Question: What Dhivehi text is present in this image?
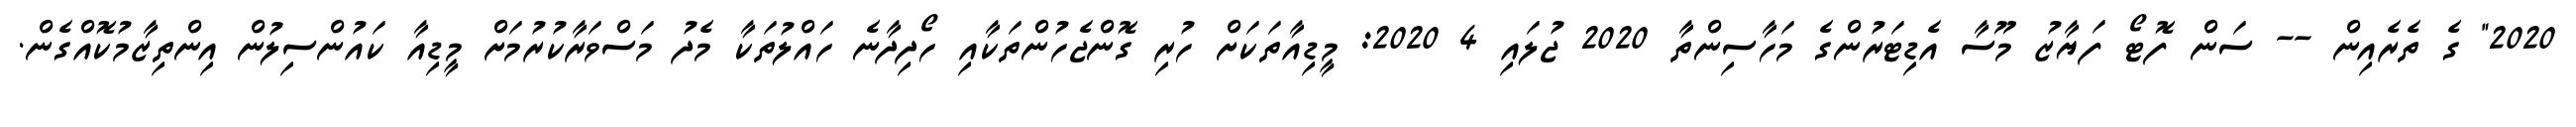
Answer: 2020" ގެ ތެރެއިން -- ސަން ފޮޓޯ ފަޔާޒު މޫސާ އެޑިޓަރުންގެ މަހާސިންތާ 2020 ޖުލައި 4 2020: މީޑިއާތަކަށް ހުރި ގޮންޖެހުންތަކާއި ހޯދިދާނެ ހައްލުތަކާ މެދު މަސްވަރާކުރުމަށް މީޑިއާ ކައުންސިލުން އިންތިޒާމުކޮއްގެން.